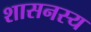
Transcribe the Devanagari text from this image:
शासनस्य